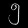
Digit: ၅